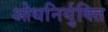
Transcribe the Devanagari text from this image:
ओधनिर्युक्ति